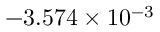
- 3 . 5 7 4 \times 1 0 ^ { - 3 }